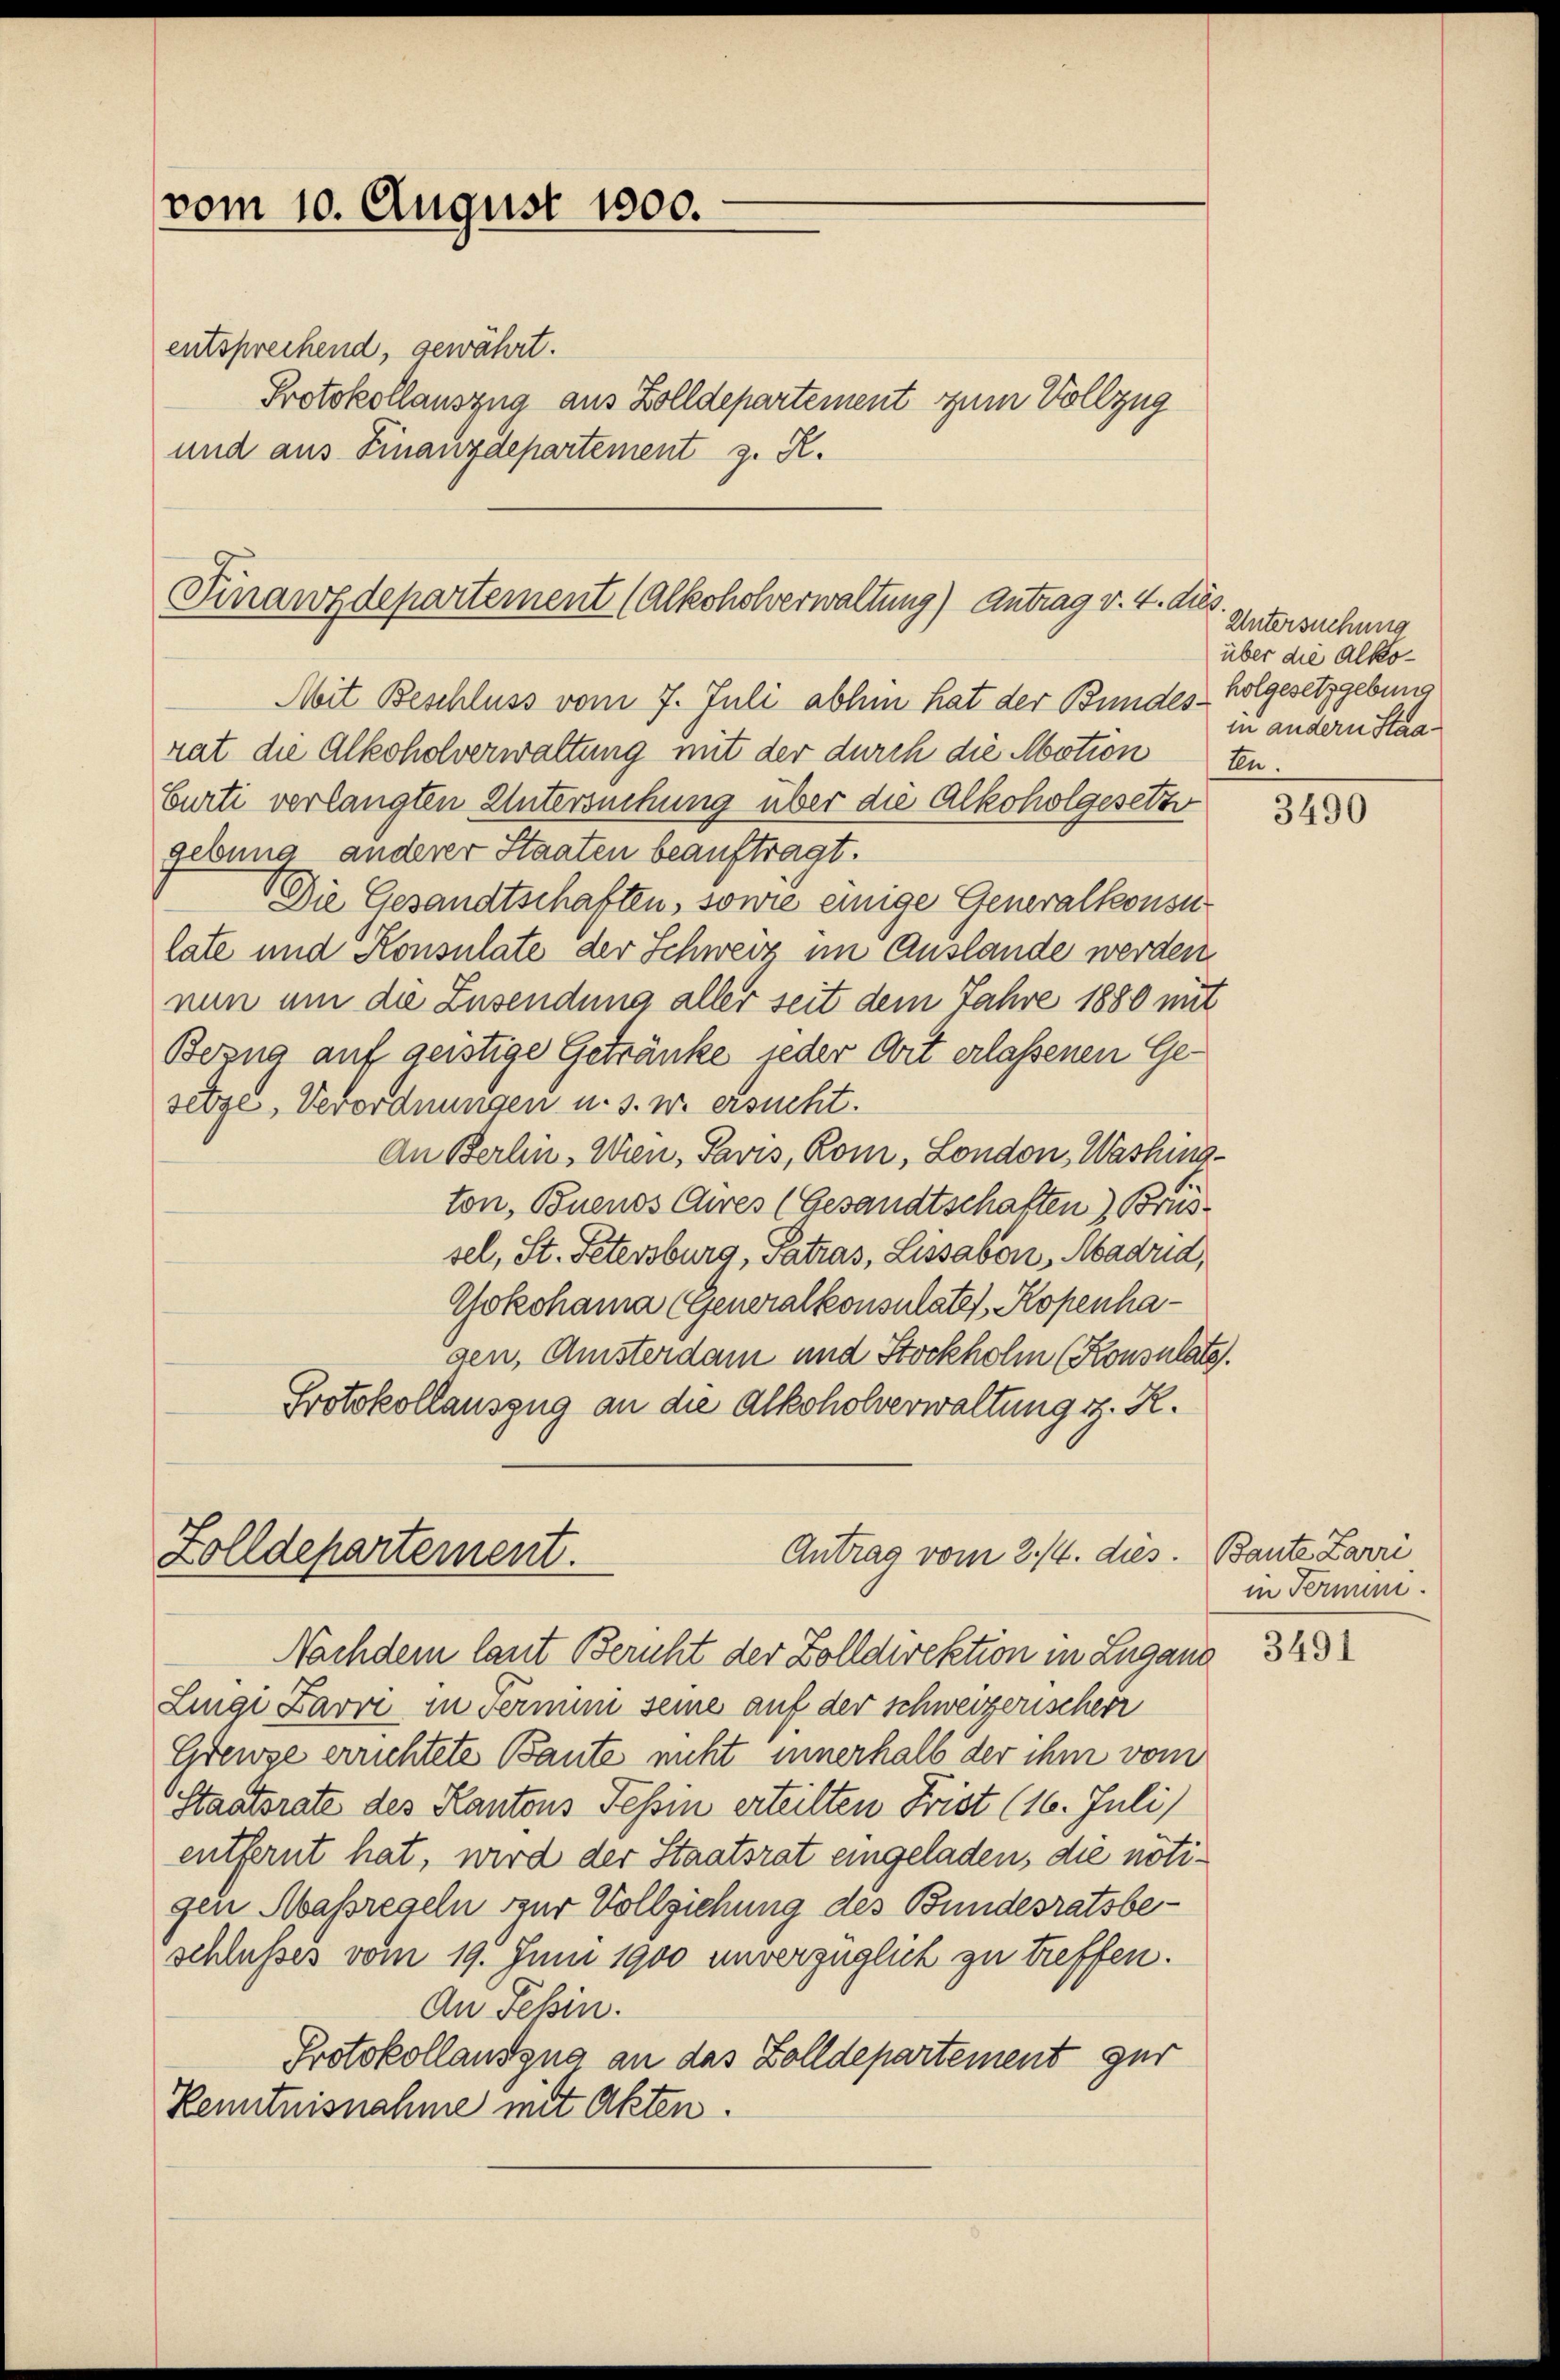
vom 10. August 1800.

entsprechend, gewährt.
Protokollauszug aus Zolldepartement zum Vollzug
und aus Finanzdepartement z. R.

Finanzdepartement (Alkoholverwaltung) Antrag v. 4. dies

Mit Beschluss vom 7. Juli abhin hat der Bundes-Holgesetzgebung
rat die Alkoholverwaltung mit der durch die Motion ten.
Curti verlangten Untersuchung über die Alkoholgesetze
gebung anderer Staaten beauftragt.
Die Gesandtschaften, sowie einige Generalkonsu
late und Konsulate der Schweiz im Auslande werden.
nun um die Zusendung aller seit dem Jahre 1880 mit
Bezug auf geistige Getränke jeder Art erlassenen Gesetze, Verordnungen u. s. w. ersucht.
An Berlin, Wien, Pavis, Rom, London, Washington, Buenos Aires (Gesandtschaften) Brus
sel, St. Petersburg, Patras, Lissabon, Madrid,
Gokohama (Generalkonsulates, Kopenhagen, Amsterdam und Stockholm (Konsulats.
Protokollauszug an die Alkoholverwaltung iz. R.
Antrag vom 2./4. dies. Baute Larri
Zolldepartement.
Nachdem laut Bericht der Zolldirektion in Lugano
Lingi Zarre in Termini seine auf der schweizerischen
Grenze errichtete Baute nicht innerhalb der ihm vom
Staatsrate des Kantons Tessin erteilten Frist (16. Juli)
entfernt hat, wird der Staatsrat eingeladen, die nötigen Maßregeln zur Vollziehung des Bundesratsbeschlußes vom 19. Juni 1900 unverzüglich zu treffen.
An Fehin.
Protokollauszug an das Zolldepartement zur
Kenntnisnahme mit Akten.

Untersuchung
über die Alkoin andern Staa

3490

in Termin.

3491